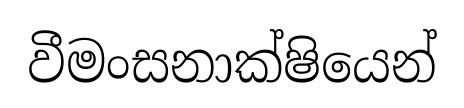
වීමංසනාක්ෂියෙන්